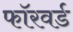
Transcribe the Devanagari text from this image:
फाॅरवर्ड